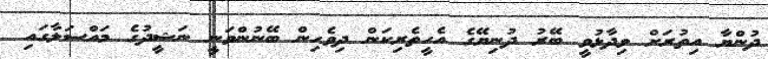
ދުންޔާ އިތުރަށް ވިދާޅުވީ ބޭރު ދުނިޔޭގެ އެހީތެރިކަން ދިވެހިން ބޭނުންވަނީ ނަޝީދުގެ މައްސަލާގައި